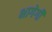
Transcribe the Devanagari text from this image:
भागेगी